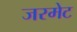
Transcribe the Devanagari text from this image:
जरमेट